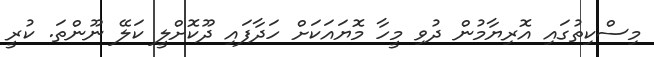
މިސްކިތުގައި އޮރިޔާމުން ދުވި މީހާ މޮޔައަކަށް ހަދާފައި ދޫކޮށްލީ ކަލޭ ނޫންތަ. ކުރީ